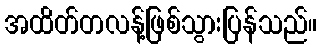
အထိတ်တလန့်ဖြစ်သွားပြန်သည်။